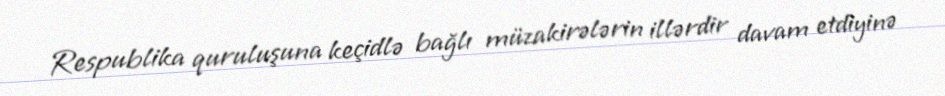
Respublika quruluşuna keçidlə bağlı müzakirələrin illərdir davam etdiyinə